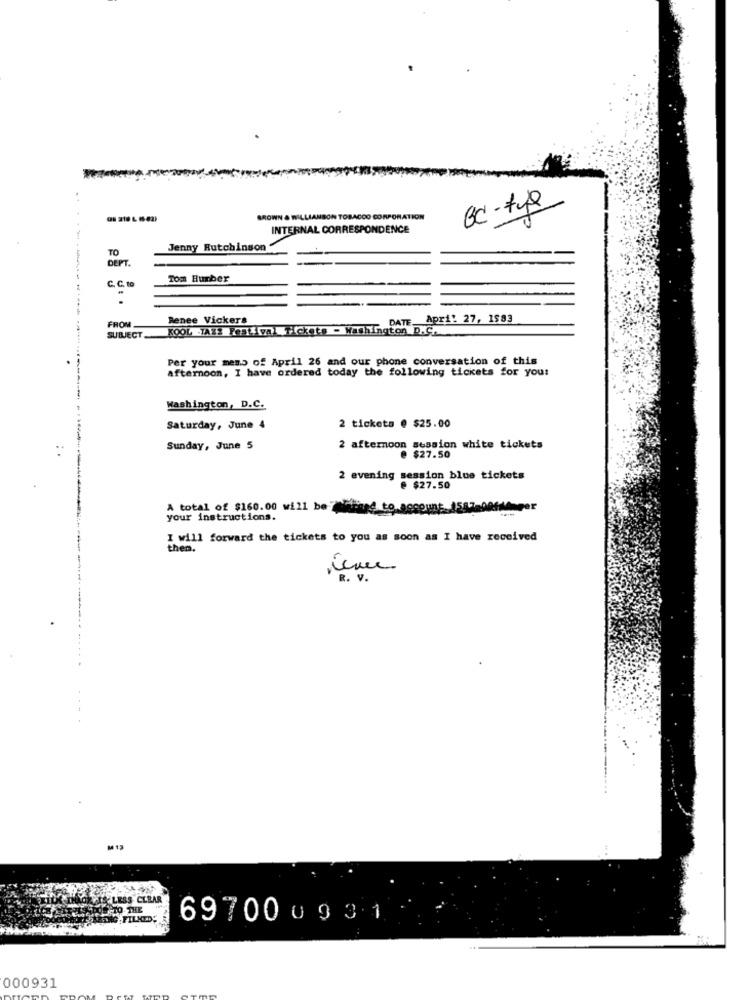
BC-typ
BROWN & WILLIAMSON TOBACCO CORPORATION
INTERNAL CORRESPONDENCE
......
TO
Jenny Hutchinson
DEPT.
C. C. to
Tom Humber
FROM
Renee Vickers
DATE
Apri: 27, 1583
KOOL JAZZ Festival Tickets - Washington D.C.
SUBJECT ...
Per your memo of April 26 and our phone conversation of this
afternoon, I have ordered today the following tickets for you!
Washington, D.C.
Saturday, June 4
2 ticketa @ $25.00
Sunday, June 5
2 afternoon session white tickets
@ $27.50
2 evening session blue tickets
@ $27.50
A total of $160.00 will be Menge to account.1587-90fdhager
your instructions.
I will forward the tickets to you as soon as I have received
then.
VIS LESS CLEAR
697000931
000931